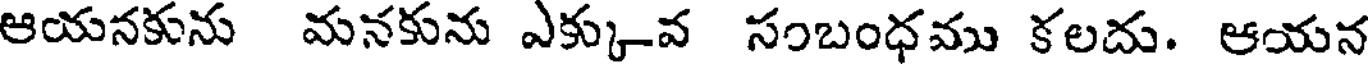
ఆయనకును మనకును ఎక్కువ సంబంధము కలదు. ఆయన